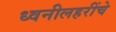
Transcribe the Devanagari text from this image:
ध्वनीलहरींचे